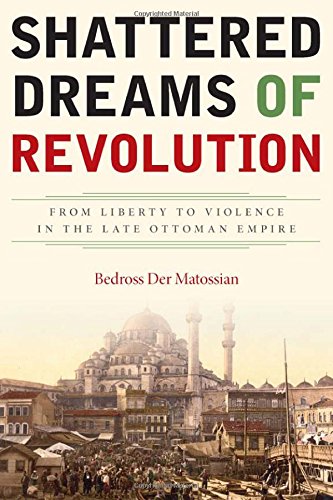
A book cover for Shattered Dreams of Revolution: From Liberty to Violence in the Late Ottoman Empire; Bedross Der Matossian; History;